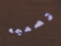
تصميمه